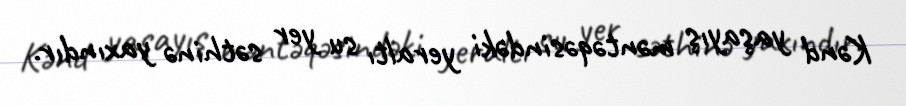
Kənd yaşayış məntəqəsindəki yeraltı su yer səthinə yaxındır.